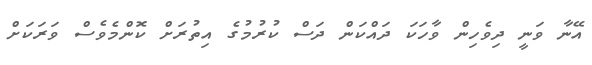
އޭނާ ވަނީ ދިވެހިން ވާހަކަ ދައްކަން ދަސް ކުރުމުގެ އިތުރަށް ކޮންމެވެސް ވަރަކަށް